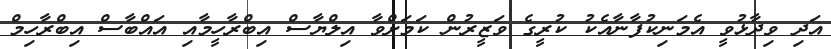
އަދި ވިދާޅުވީ އެމަނިކުފާނާއެކު ކުރީގެ ވަޒީރުން ކަމަށްވާ އިލްޔާސް އިބްރާހީމާއި އައްބާސް އިބްރާހިމް